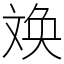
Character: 㪱